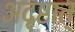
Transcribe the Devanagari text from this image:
अदृष्टात्